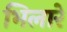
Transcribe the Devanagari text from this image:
भिलारे